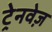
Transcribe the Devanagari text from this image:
ट्रेनवेज़